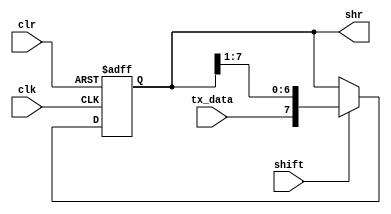
`timescale 1ns/1ns

module shift_reg_RX (
    input wire clk,
    input wire clr,
    input wire shift,
    input wire tx_data,
    output reg [7:0] shr
);

    always @(posedge clk or negedge clr) begin
        if (~clr)  // Asynchronous clear
            shr <= 8'b0;  // Reset shift register to 0 when clr is low
        else if (shift)  // Shift right operation
            shr <= #1 {tx_data, shr[7:1]};  // Shift shr right by one bit, insert tx_data at LSB
    end

endmodule